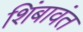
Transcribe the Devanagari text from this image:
शिंबावंत